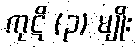
ကုဋိ (၃) မျိုး